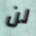
لن